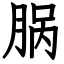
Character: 脶